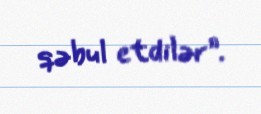
qəbul etdilər”.